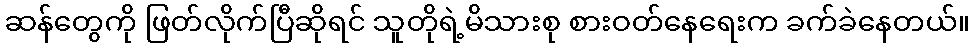
ဆန်တွေကို ဖြတ်လိုက်ပြီဆိုရင် သူတိုရဲ့မိသားစု စားဝတ်နေရေးက ခက်ခဲနေတယ်။